Trukikaitis_Postimees, lk 351
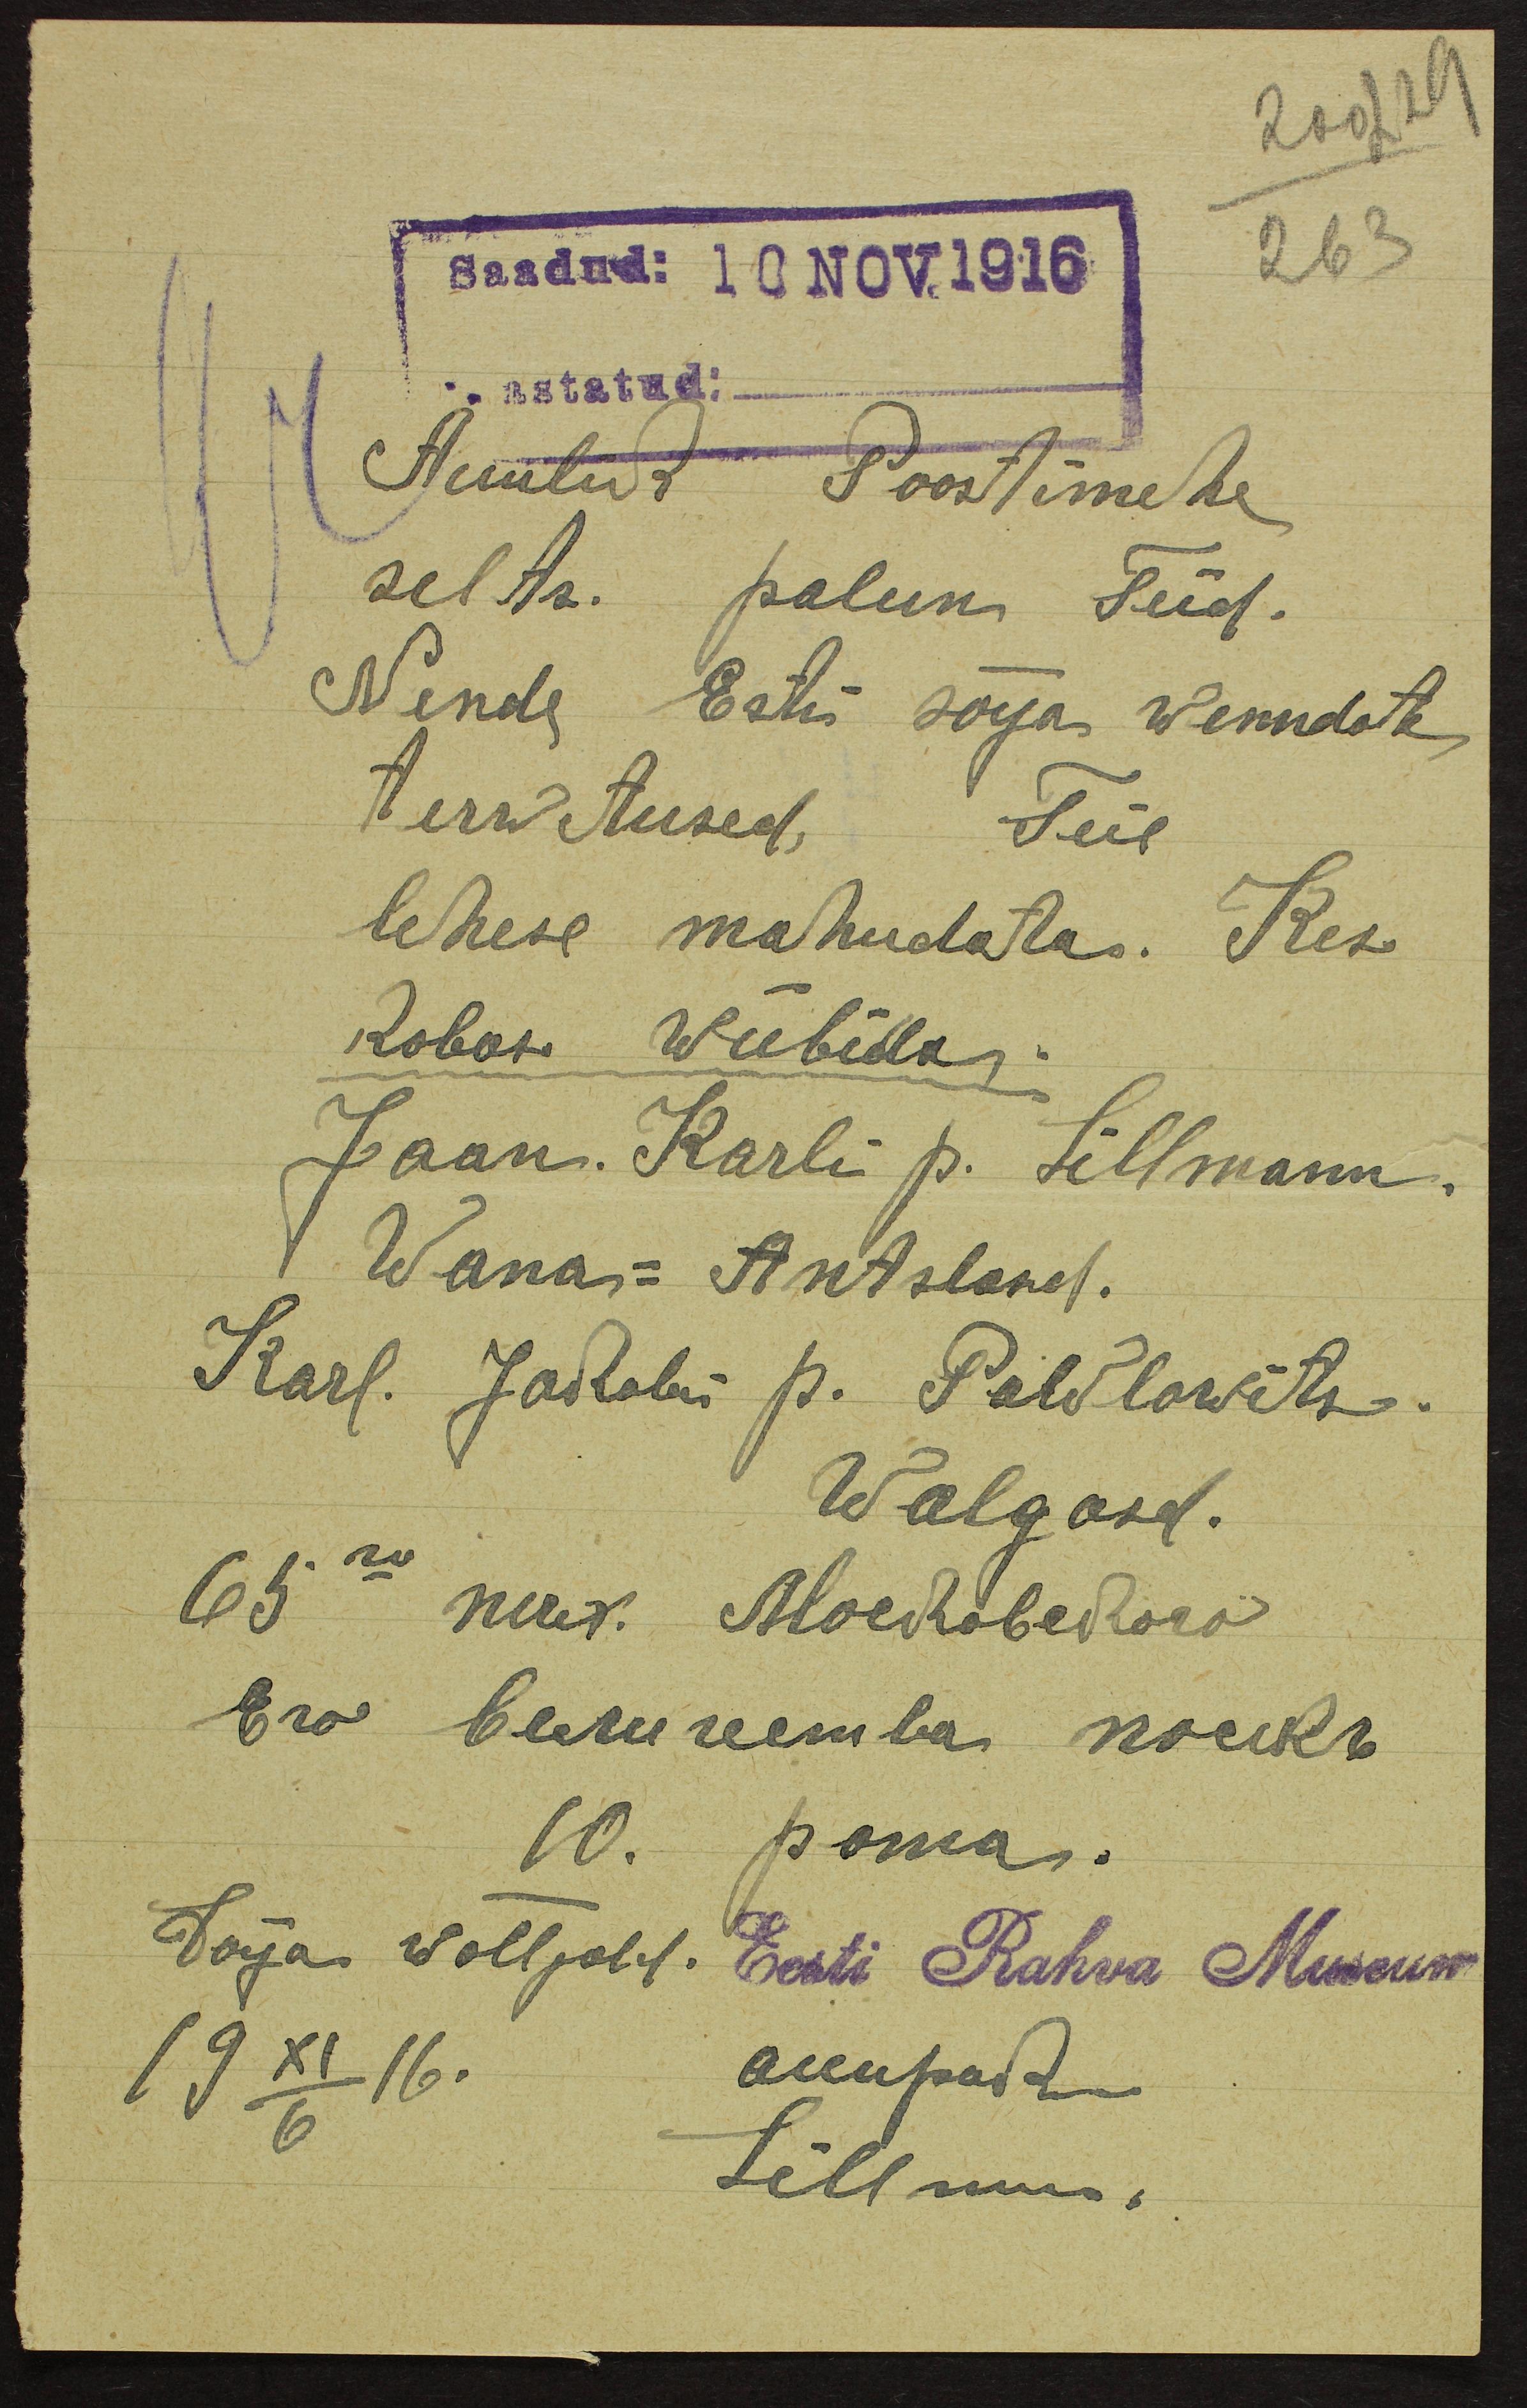
200229
Saadud: 10 NOV.1916
263
astatud:
Auutud Postimehe
selts. palun Teid.
Nende Esti sõija wenndate
terwtused Teie
lehese mahudata. Kes
kobos wiibides:
Jaan. Karli p. Lillmann.
Wana-Antslasd.
Karl. Jakobi p. Pawlowits.
Walgasd.
auupak
19 XI/6 16.
Lillmann.